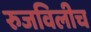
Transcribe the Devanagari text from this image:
रुजविलीच